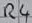
Text: R4